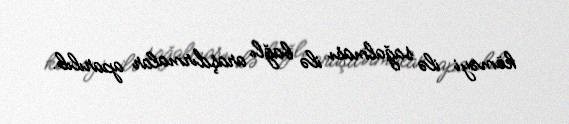
köməyi ilə sağalması ilə bağlı araşdırmalar aparılıb.